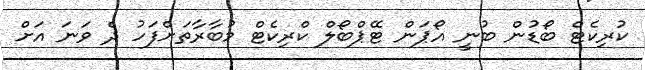
ކުރިކެޓް ބޯޑުން ބުނީ އޯޕަން ޓޭޕްބޯލް ކްރިކެޓް މުބާރާތަށްފަހު ދެ ވަނަ އަށް